Report of an investigation into the causes of the diseases known in Assam as Kála-Azár and Beri-Beri
Disease focus: Beri-Beri
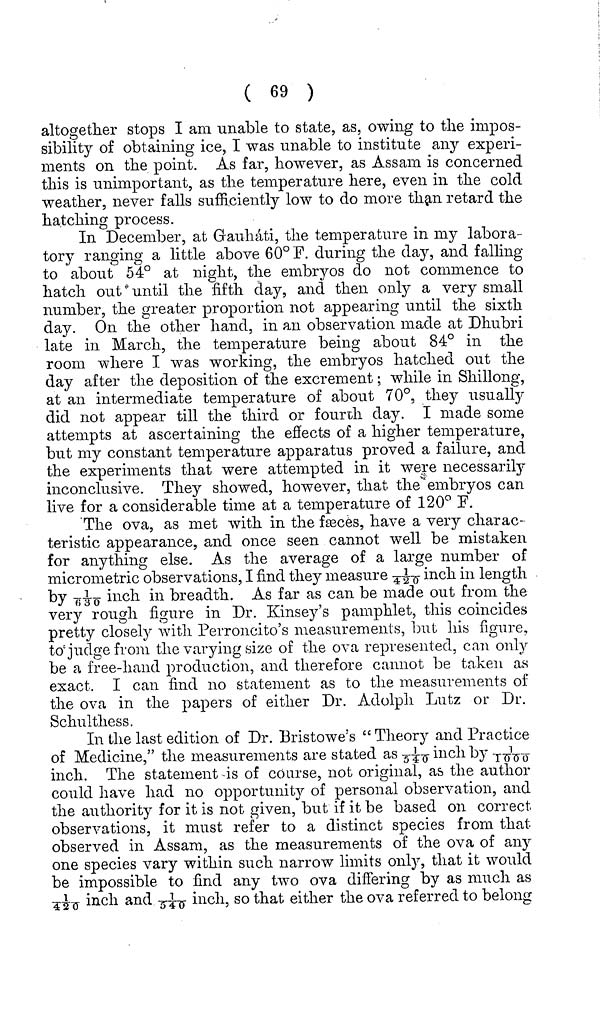
( 69 )
altogether stops I am unable to state, as, owing to the impos-
sibility of obtaining ice, I was unable to institute any experi-
ments on the point. As far, however, as Assam is concerned
this is unimportant, as the temperature here, even in the cold
weather, never falls sufficiently low to do more than retard the
hatching process.
In December, at Gauháti, the temperature in my labora-
tory ranging a little above 60°F. during the day, and falling
to about 54° at night, the embryos do not commence to
hatch out until the fifth day, and then only a very small
number, the greater proportion not appearing until the sixth
day. On. the other hand, in an observation made at Dhubri
late in March, the temperature being about 84° in the
room where I was working, the embryos hatched out the
day after the deposition of the excrement ; while in Shillong,
at an intermediate temperature of about 70°, they usually
did not appear till the third or fourth day. I made some
attempts at ascertaining the effects of a higher temperature,
but my constant temperature apparatus proved a failure, and
the experiments that were attempted in it were necessarily
inconclusive. They showed, however, that the embryos can
live for a considerable time at a temperature of 120° P.
The ova, as met with in the fseces, have a very charac-
teristic appearance, and once seen cannot well be mistaken
for anything else. As the average of a large number of
micrometrie observations, I find they measure 1/420 inch in length
by 1/630 inch in breadth. As far as can be made out from the
very rough figure in Dr. Kinsey's pamphlet, this coincides
pretty closely with Perroncito's measurements, but his figure,
to'judge from the varying size of the ova represented, can only
be a free-hand production, and therefore cannot be taken as
exact. I can find no statement as to the measurements of
the ova in the papers of either Dr. Adolph Lutz or Dr.
Schulthess.
In the last edition of Dr. Bristowe's " Theory and Practice
of Medicine," the measurements are stated as 1/540 inch by 1/1000
inch. The statement is of course, not original, as the author
could have had no opportunity of personal observation, and
the authority for it is not given, but if it be based on correct
observations, it must refer to a distinct species from that
observed in Assam, as the measurements of the ova of any
one species vary within such narrow limits only, that it would
be impossible to find any two ova differing by as much as
1/420 inch and 1/540 inch, so that either the ova referred to belong